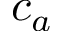
c _ { a }